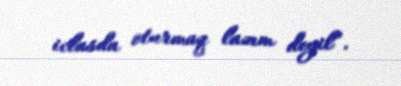
iclasda oturmaq lazım deyil”.